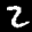
Label: 2